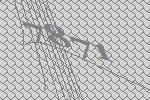
7871